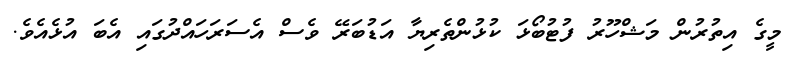
މީގެ އިތުރުން މަޝްހޫރު ފުޓުބޯޅަ ކުޅުންތެރިޔާ އަޑުބަރޭ ވެސް އެެސަރަހައްދުގައި އެބަ އުޅެއެވެ.